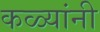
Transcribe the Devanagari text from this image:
कळ्यांनी